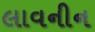
લાવનીન